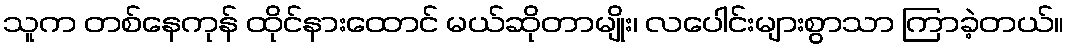
သူက တစ်နေကုန် ထိုင်နားထောင် မယ်ဆိုတာမျိုး၊ လပေါင်းများစွာသာ ကြာခဲ့တယ်။